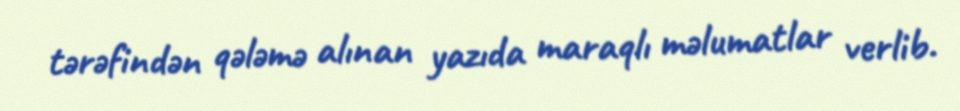
tərəfindən qələmə alınan yazıda maraqlı məlumatlar verlib.